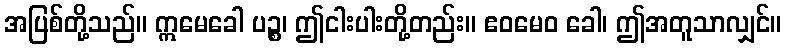
အပြစ်တို့သည်။ ဣမေခေါ ပဉ္စ၊ ဤငါးပါးတို့တည်း။ ဧဝမေဝ ခေါ၊ ဤအတူသာလျှင်။